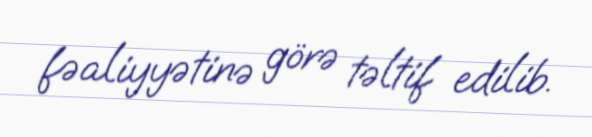
fəaliyyətinə görə təltif edilib.